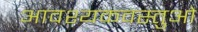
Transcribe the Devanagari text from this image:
आवश्यकवस्तुओं